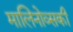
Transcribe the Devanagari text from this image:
मालिनोव्सकी